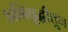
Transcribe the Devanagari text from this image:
अभिवृद्धीतून